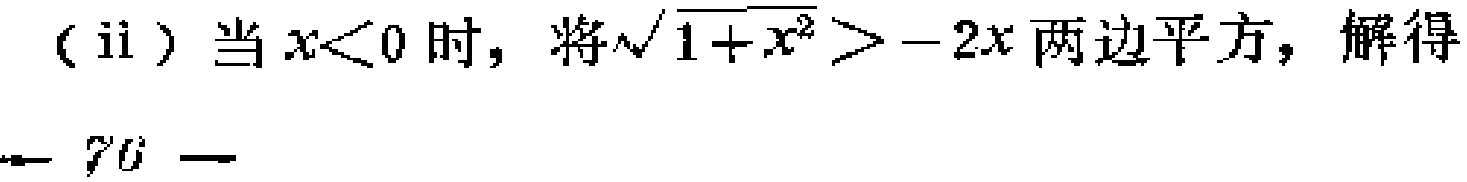
（ii）当\(x < 0\)时，将\(\sqrt{1 + x^{2}} > - 2x\)两边平方，解得

— 70 —